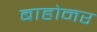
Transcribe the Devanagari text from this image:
बाहोनर